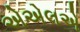
એએલએ